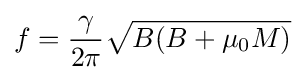
f={\frac {\gamma }{2\pi }}{\sqrt {B(B+\mu _{0}M)}}